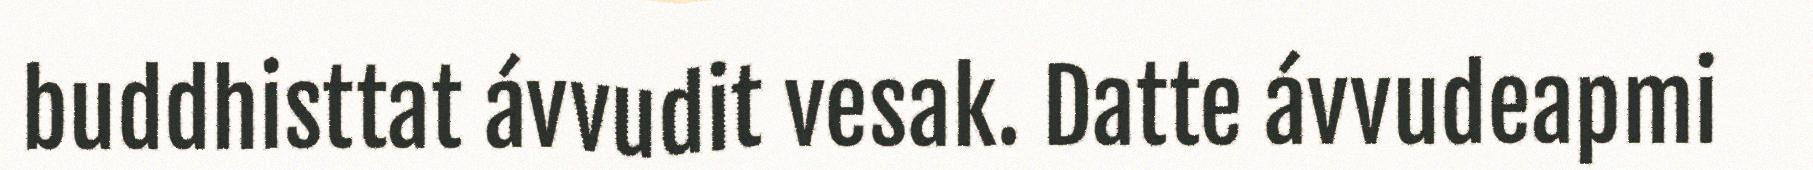
buddhisttat ávvudit vesak. Datte ávvudeapmi